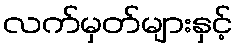
လက်မှတ်များနှင့်